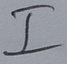
Text: I